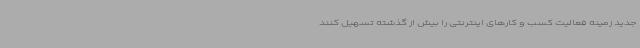
جدید زمینه فعالیت کسب و کارهای اینترنتی را بیش از گذشته تسهیل کنند